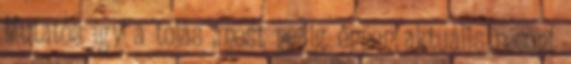
Mutatós így a tojás ,most pedig éppen aktuális recept